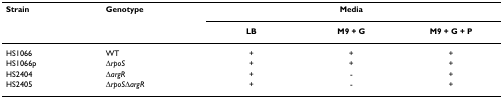
<table><thead><tr><td><b>Strain</b></td><td><b>Genotype</b></td><td colspan="3"><b>Media</b></td></tr><tr><td></td><td></td><td><b>LB</b></td><td><b>M9 + G</b></td><td><b>M9 + G + P</b></td></tr></thead><tbody><tr><td>HS1066</td><td>WT</td><td>+</td><td>+</td><td>+</td></tr><tr><td>HS1066p</td><td>Δ<i>rpoS</i></td><td>+</td><td>+</td><td>+</td></tr><tr><td>HS2404</td><td>Δ<i>argR</i></td><td>+</td><td>-</td><td>+</td></tr><tr><td>HS2405</td><td>Δ<i>rpoS</i>Δ<i>argR</i></td><td>+</td><td>-</td><td>+</td></tr></tbody></table>